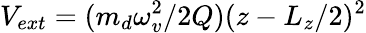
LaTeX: V_{ext}=(m_{d}\omega_{v}^{2}/2Q)(z-L_{z}/2)^{2}